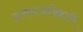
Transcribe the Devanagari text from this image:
ब्रजराजबिहारी